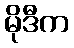
မိုဒီက